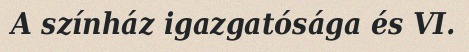
A színház igazgatósága és VI.